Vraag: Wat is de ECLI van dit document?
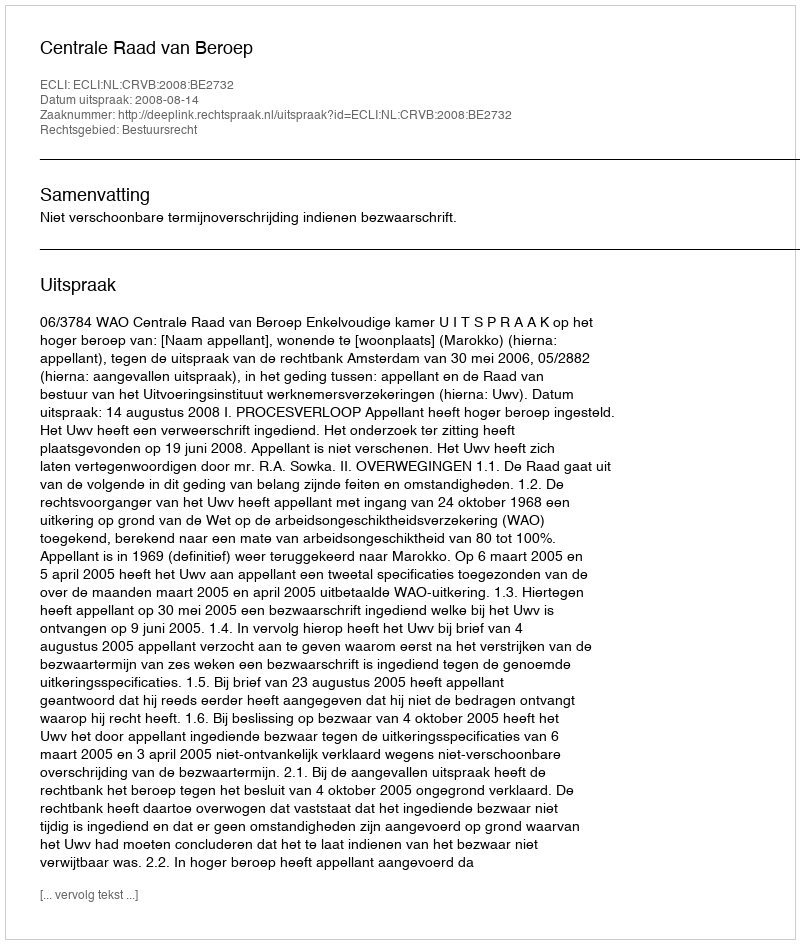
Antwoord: ECLI:NL:CRVB:2008:BE2732